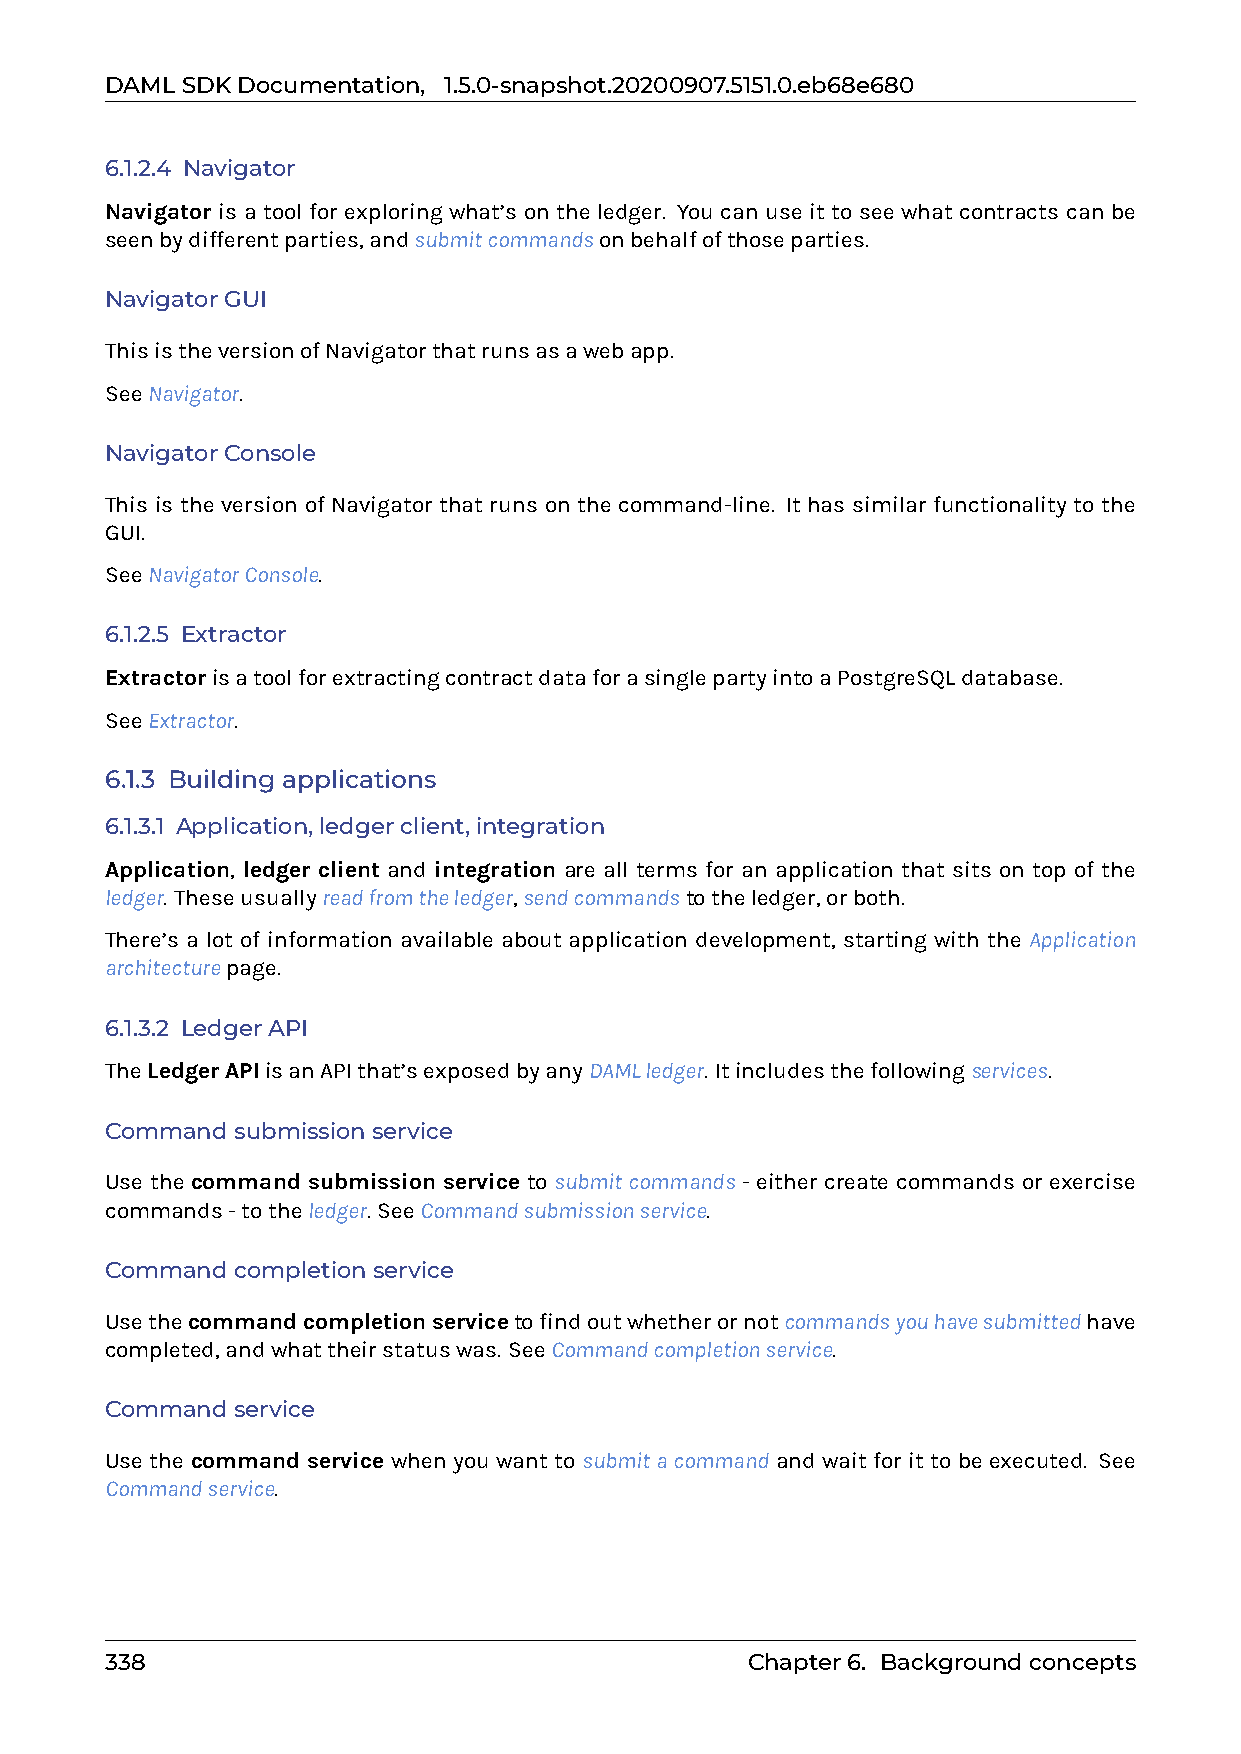
DAMLSDKDocumentation, 1.5.0-snapshot.20200907.5151.0.eb68e680
 6.1.2.4 Navigator
 Navigator is a tool for exploring what’s on the ledger. You can use it to see what contracts can be
 seenbydifferentparties,andsubmitcommandsonbehalfofthoseparties.
 NavigatorGUI
 ThisistheversionofNavigatorthatrunsasawebapp.
 SeeNavigator.
 NavigatorConsole
 This is the version of Navigator that runs on the command-line. It has similar functionality to the
 GUI.
 SeeNavigatorConsole.
 6.1.2.5 Extractor
 ExtractorisatoolforextractingcontractdataforasinglepartyintoaPostgreSQLdatabase.
 SeeExtractor.
 6.1.3 Building applications
 6.1.3.1 Application,ledgerclient,integration
 Application, ledger client and integration are all terms for an application that sits on top of the
 ledger. Theseusuallyreadfromtheledger,sendcommandstotheledger,orboth.
 There’s a lot of information available about application development, starting with the Application
 architecturepage.
 6.1.3.2 LedgerAPI
 TheLedgerAPIisanAPIthat’sexposedbyanyDAMLledger. Itincludesthefollowingservices.
 Commandsubmissionservice
 Use the command submission service to submitcommands - either create commands or exercise
 commands-totheledger. SeeCommandsubmissionservice.
 Commandcompletionservice
 Usethecommandcompletionservicetofindoutwhetherornotcommandsyouhavesubmittedhave
 completed,andwhattheirstatuswas. SeeCommandcompletionservice.
 Commandservice
 Use the command service when you want to submitacommand and wait for it to be executed. See
 Commandservice.
 338                                       Chapter6. Backgroundconcepts